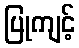
ပြုကျင့်